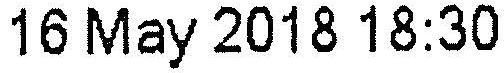
16 MAY 2018 18:30